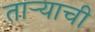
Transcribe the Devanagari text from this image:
ताऱ्‍याची